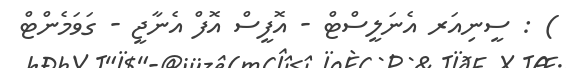
) : ސީނިއަރ އެނަލީސްޓް - އޮފީސް އޮފް އެނާޖީ - ގަވަމެންޓް